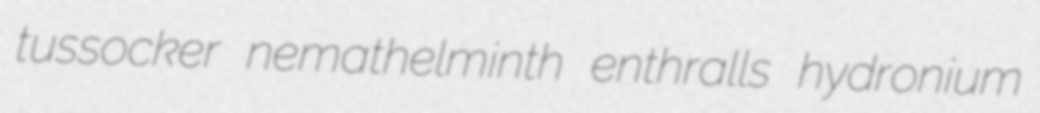
tussocker nemathelminth enthralls hydronium